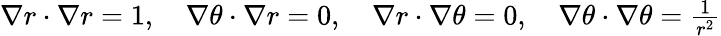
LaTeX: \begin{array}{r}{\nabla r\cdot\nabla r=1,\quad\nabla\theta\cdot\nabla r=0,\quad\nabla r\cdot\nabla\theta=0,\quad\nabla\theta\cdot\nabla\theta=\frac{1}{r^{2}}}\end{array}